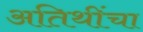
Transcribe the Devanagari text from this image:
अतिथींचा